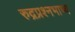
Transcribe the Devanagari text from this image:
रुद्रप्रश्नभाष्य